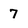
Character: 7